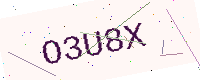
Text: O3U8X